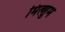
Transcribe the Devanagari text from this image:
मित्शुम